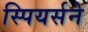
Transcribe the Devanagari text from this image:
स्पियर्सने